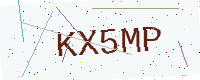
Text: KX5MP